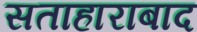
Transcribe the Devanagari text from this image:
सताहाराबाद